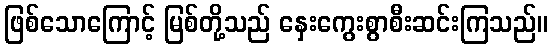
ဖြစ်သောကြောင့် မြစ်တို့သည် နှေးကွေးစွာစီးဆင်းကြသည်။